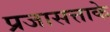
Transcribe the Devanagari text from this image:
प्रजासत्ताके